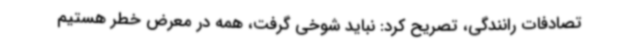
تصادفات رانندگی، تصریح کرد: نباید شوخی گرفت، همه در معرض خطر هستیم